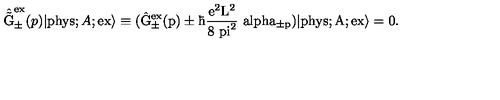
\hat { \tilde { \mathrm { G } } } _ { \pm } ^ { \mathrm { e x } } ( p ) | \mathrm { p h y s } ; A ; \mathrm { e x \rangle \equiv ( \hat { \mathrm { G } } _ { \pm } ^ { \mathrm { e x } } ( p ) \pm \hbar \frac { e ^ { 2 } \mathrm { L } ^ { 2 } } { 8 { \ p i } ^ { 2 } } \ a l p h a _ { \pm p } ) | \mathrm { p h y s } ; A ; \mathrm { e x \rangle = 0 . } }